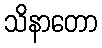
သိနာတော